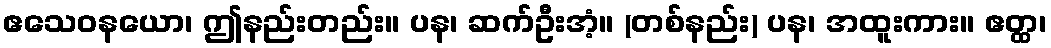
ဧသေဝနယော၊ ဤနည်းတည်း။ ပန၊ ဆက်ဦးအံ့။ (တစ်နည်း) ပန၊ အထူးကား။ ဧတ္ထ၊